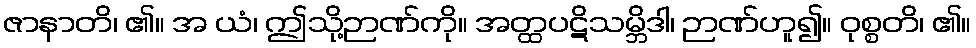
ဇာနာတိ၊ ၏။ အ ယံ၊ ဤသို့ဉာဏ်ကို။ အတ္ထပဋိသမ္ဘိဒါ၊ ဉာဏ်ဟူ၍။ ဝုစ္စတိ၊ ၏။